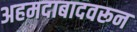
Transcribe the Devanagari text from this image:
अहमदाबादवरून